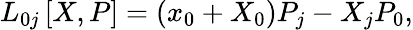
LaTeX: L_{0j}\left[X,P\right]=\left(x_{0}+X_{0}\right)P_{j}-X_{j}P_{0},